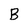
Character: B